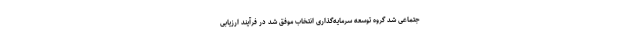
جتماعی شد گروه توسعه سرمایه‌گذاری انتخاب موفق شد در فرآیند ارزیابی